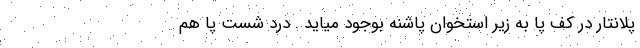
پلانتار در کف پا به زیر استخوان پاشنه بوجود میاید . درد شست پا هم